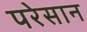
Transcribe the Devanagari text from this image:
परेसान